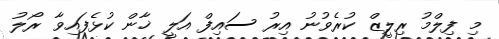
މި ފިލްމު ރިލީޒް ކުރެވުނު އިރު ސައިފް އަލީ ޚާން ކުޅެފައިވާ ރޯލު